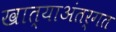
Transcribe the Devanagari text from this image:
खात्याअंतर्गत